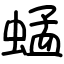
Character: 蜢